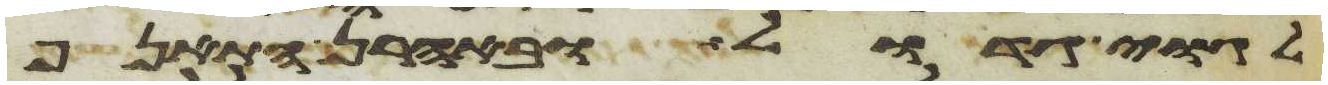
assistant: לגוי גדול ובאהרן התאנף